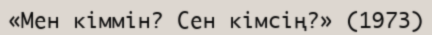
«Мен кіммін? Сен кімсің?» (1973)